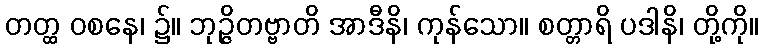
တတ္ထ ဝစနေ၊ ၌။ ဘုဉ္ဇိတဗ္ဗာတိ အာဒီနိ၊ ကုန်သော။ စတ္တာရိ ပဒါနိ၊ တို့ကို။